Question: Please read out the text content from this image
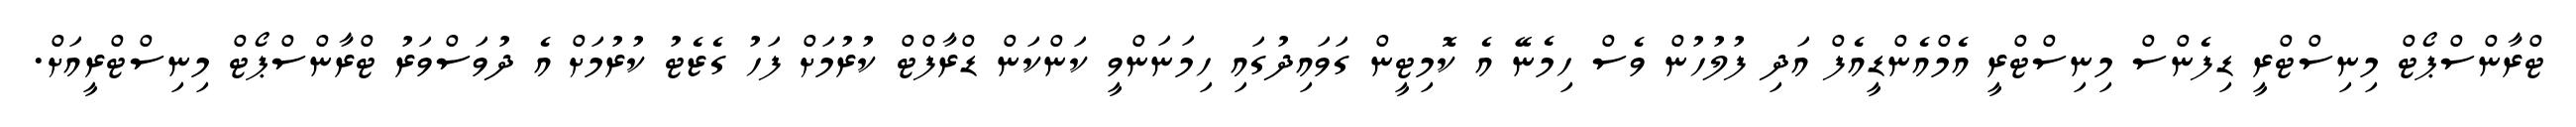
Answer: ޓްރާންސްޕޯޓް މިނިސްޓްރީ ޑިފެންސް މިނިސްޓްރީ އެމްއެންޑީއެފް އަދި ފުލުހުން ވެސް ހިމެނޭ އެ ކޮމިޓީން ގަވައިދުގައި ހިމަނަންވީ ކަންކަން ޑްރާފްޓް ކުރުމަށް ފަހު ގެޒެޓު ކުރުމަށް އެ ދުވަސްވަރު ޓްރާންސްޕޯޓް މިނިސްޓްރީއަށް.